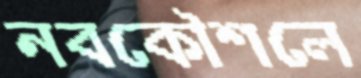
নবকৌশলে